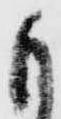
も